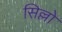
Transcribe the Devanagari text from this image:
सिल्लो